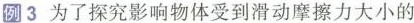
例3为了探究影响物体受到滑动摩擦力大小的